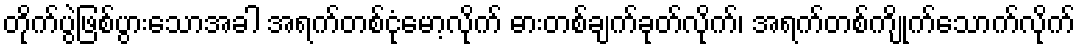
တိုက်ပွဲဖြစ်ပွားသောအခါ အရက်တစ်ငုံမော့လိုက် ဓားတစ်ချက်ခုတ်လိုက်၊ အရက်တစ်ကျိုက်သောက်လိုက်